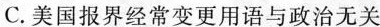
C.美国报界经常变更用语与政治无关